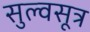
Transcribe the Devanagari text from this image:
सुल्वसूत्र